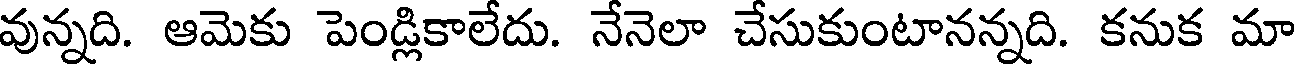
వున్నది. ఆమెకు పెండ్లికాలేదు. నేనెలా చేసుకుంటానన్నది. కనుక మా